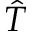
\hat { T }